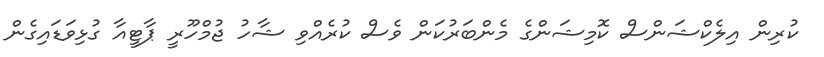
ކުރިން އިލެކްޝަންސް ކޮމިޝަންގެ މެންބަރުކަން ވެސް ކުރެއްވި ޝާހު ޖުމްހޫރީ ޕާޓީއާ ގުޅިވަޑައިގެން